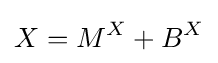
X=M^{X}+B^{X}